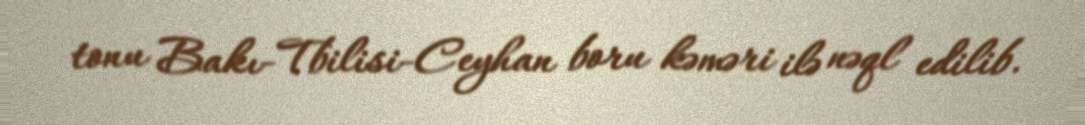
tonu Bakı-Tbilisi-Ceyhan boru kəməri ilə nəql edilib.